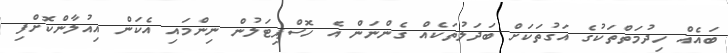
ބައެއް ހިދުމަތްތަކުގެ އަގުތަކަށް ބަދަލުތަކެއް ގެންނަން އެ ހޮސްޕިޓަލުން ނިންމައި އެކަން އިއުލާންކޮށްފި